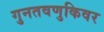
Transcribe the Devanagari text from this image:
गुनतवणुकिवर